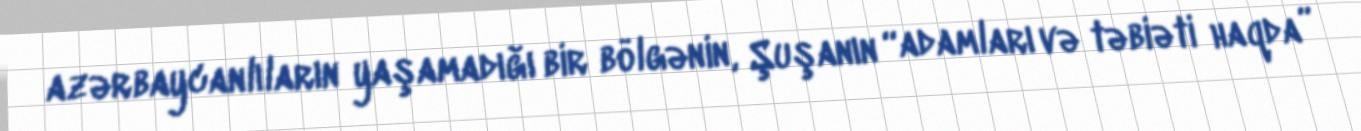
azərbaycanlıların yaşamadığı bir bölgənin, Şuşanın “adamları və təbiəti haqda”